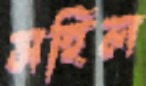
সহিল